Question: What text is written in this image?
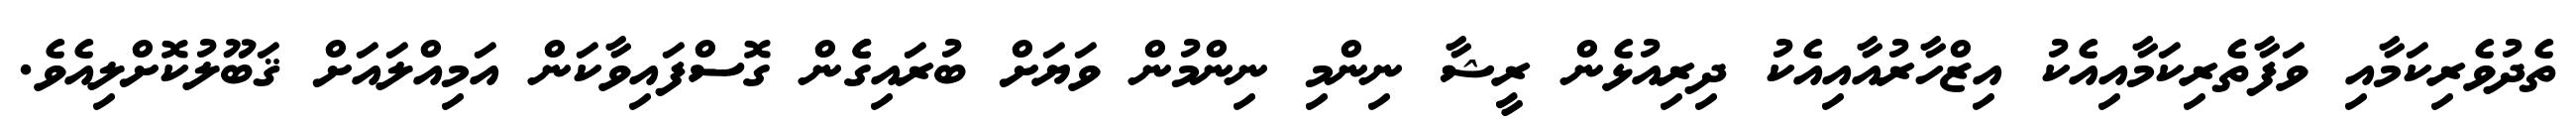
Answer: ތެދުވެރިކަމާއި ވަފާތެރިކަމާއިއެކު އިޒްހާރުއާއިއެކު ދިރިއުޅެން ރީޝާ ނިންމި ނިންމުން ވަޔަށް ބުރައިގެެން ގޮސްފައިވާކަން އަމިއްލައަށް ޤަބޫލުކޮށްލިއެވެ.